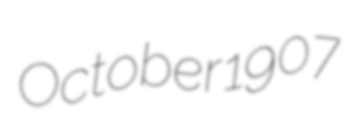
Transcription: October 1907